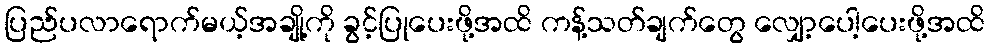
ပြည်ပလာရောက်မယ့်အချို့ကို ခွင့်ပြုပေးဖို့အထိ ကန့်သတ်ချက်တွေ လျှော့ပေါ့ပေးဖို့အထိ